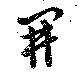
開